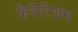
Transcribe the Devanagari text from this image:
कैरेटियम